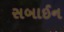
સબાઈન